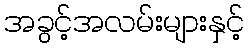
အခွင့်အလမ်းများနှင့်